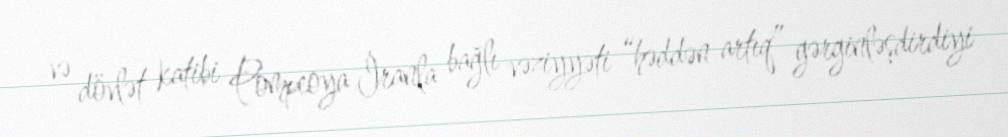
və dövlət katibi Pompeoya İranla bağlı vəziyyəti “həddən artıq” gərginləşdirdiyi